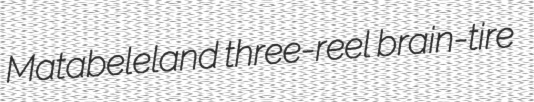
Matabeleland three-reel brain-tire